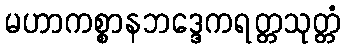
မဟာကစ္စာနဘဒ္ဒေကရတ္တသုတ္တံ